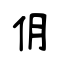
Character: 仴